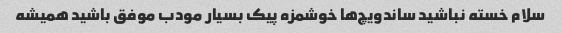
سلام خسته نباشید ساندویچ‌ها خوشمزه پیک بسیار مودب موفق باشید همیشه